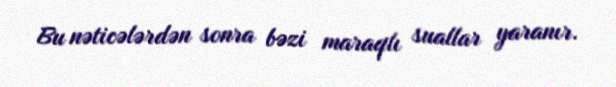
Bu nəticələrdən sonra bəzi maraqlı suallar yaranır.